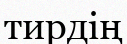
тирдің